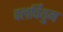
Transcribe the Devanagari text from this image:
वलर्चियुम